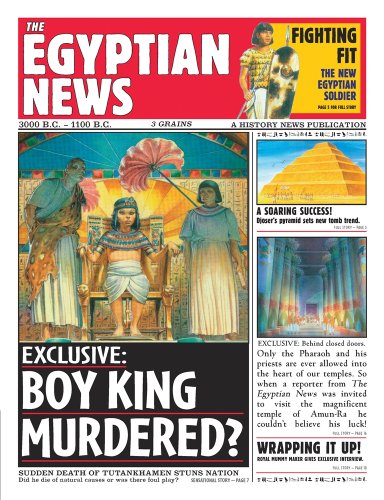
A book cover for History News: The Egyptian News; Scott Steedman; History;